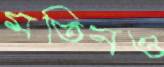
মতিনও